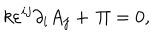
k \varepsilon ^ { i j } \partial _ { i } A _ { j } + \, \Pi = 0 ,